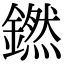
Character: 𬬊